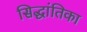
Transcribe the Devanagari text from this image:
सिद्धांतिका